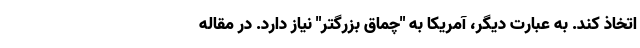
اتخاذ کند. به عبارت دیگر، آمریکا به "چماق بزرگتر" نیاز دارد. در مقاله